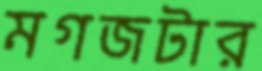
মগজটার